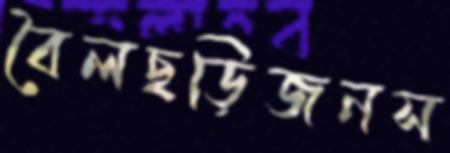
বৈলছড়িজনস